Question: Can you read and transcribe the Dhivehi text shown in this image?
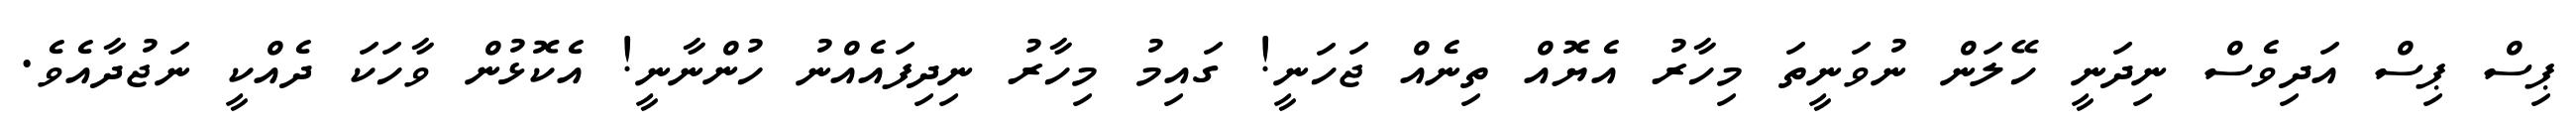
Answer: ޕިސް ޕިސް އަދިވެސް ނިދަނީ ހޭލަން ނުވަނީތަ މިހާރު އެޔޮއް ތިނެއް ޖަހަނީ! ގައިމު މިހާރު ނިދިފައެއްނު ހުންނާނީ! އެކޮޅުން ވާހަކަ ދެއްކީ ނަޖުދާއެވެ.